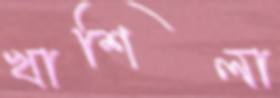
খাশিলা